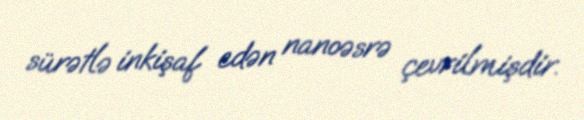
sürətlə inkişaf edən nanoəsrə çevrilmişdir.